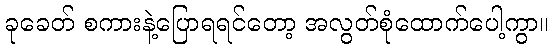
ခုခေတ် စကားနဲ့ပြောရရင်တော့ အလွတ်စုံထောက်ပေါ့ကွာ။